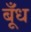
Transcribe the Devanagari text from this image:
बूँध